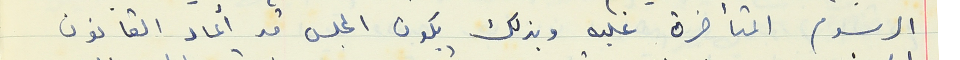
الرسوم المتأخرة عليه وبذلك يكون المجلس قد أعاد القانون